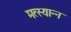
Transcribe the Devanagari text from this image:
मत्स्यान्न